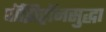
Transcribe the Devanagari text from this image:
पॉझिट्रॉनसुद्धा